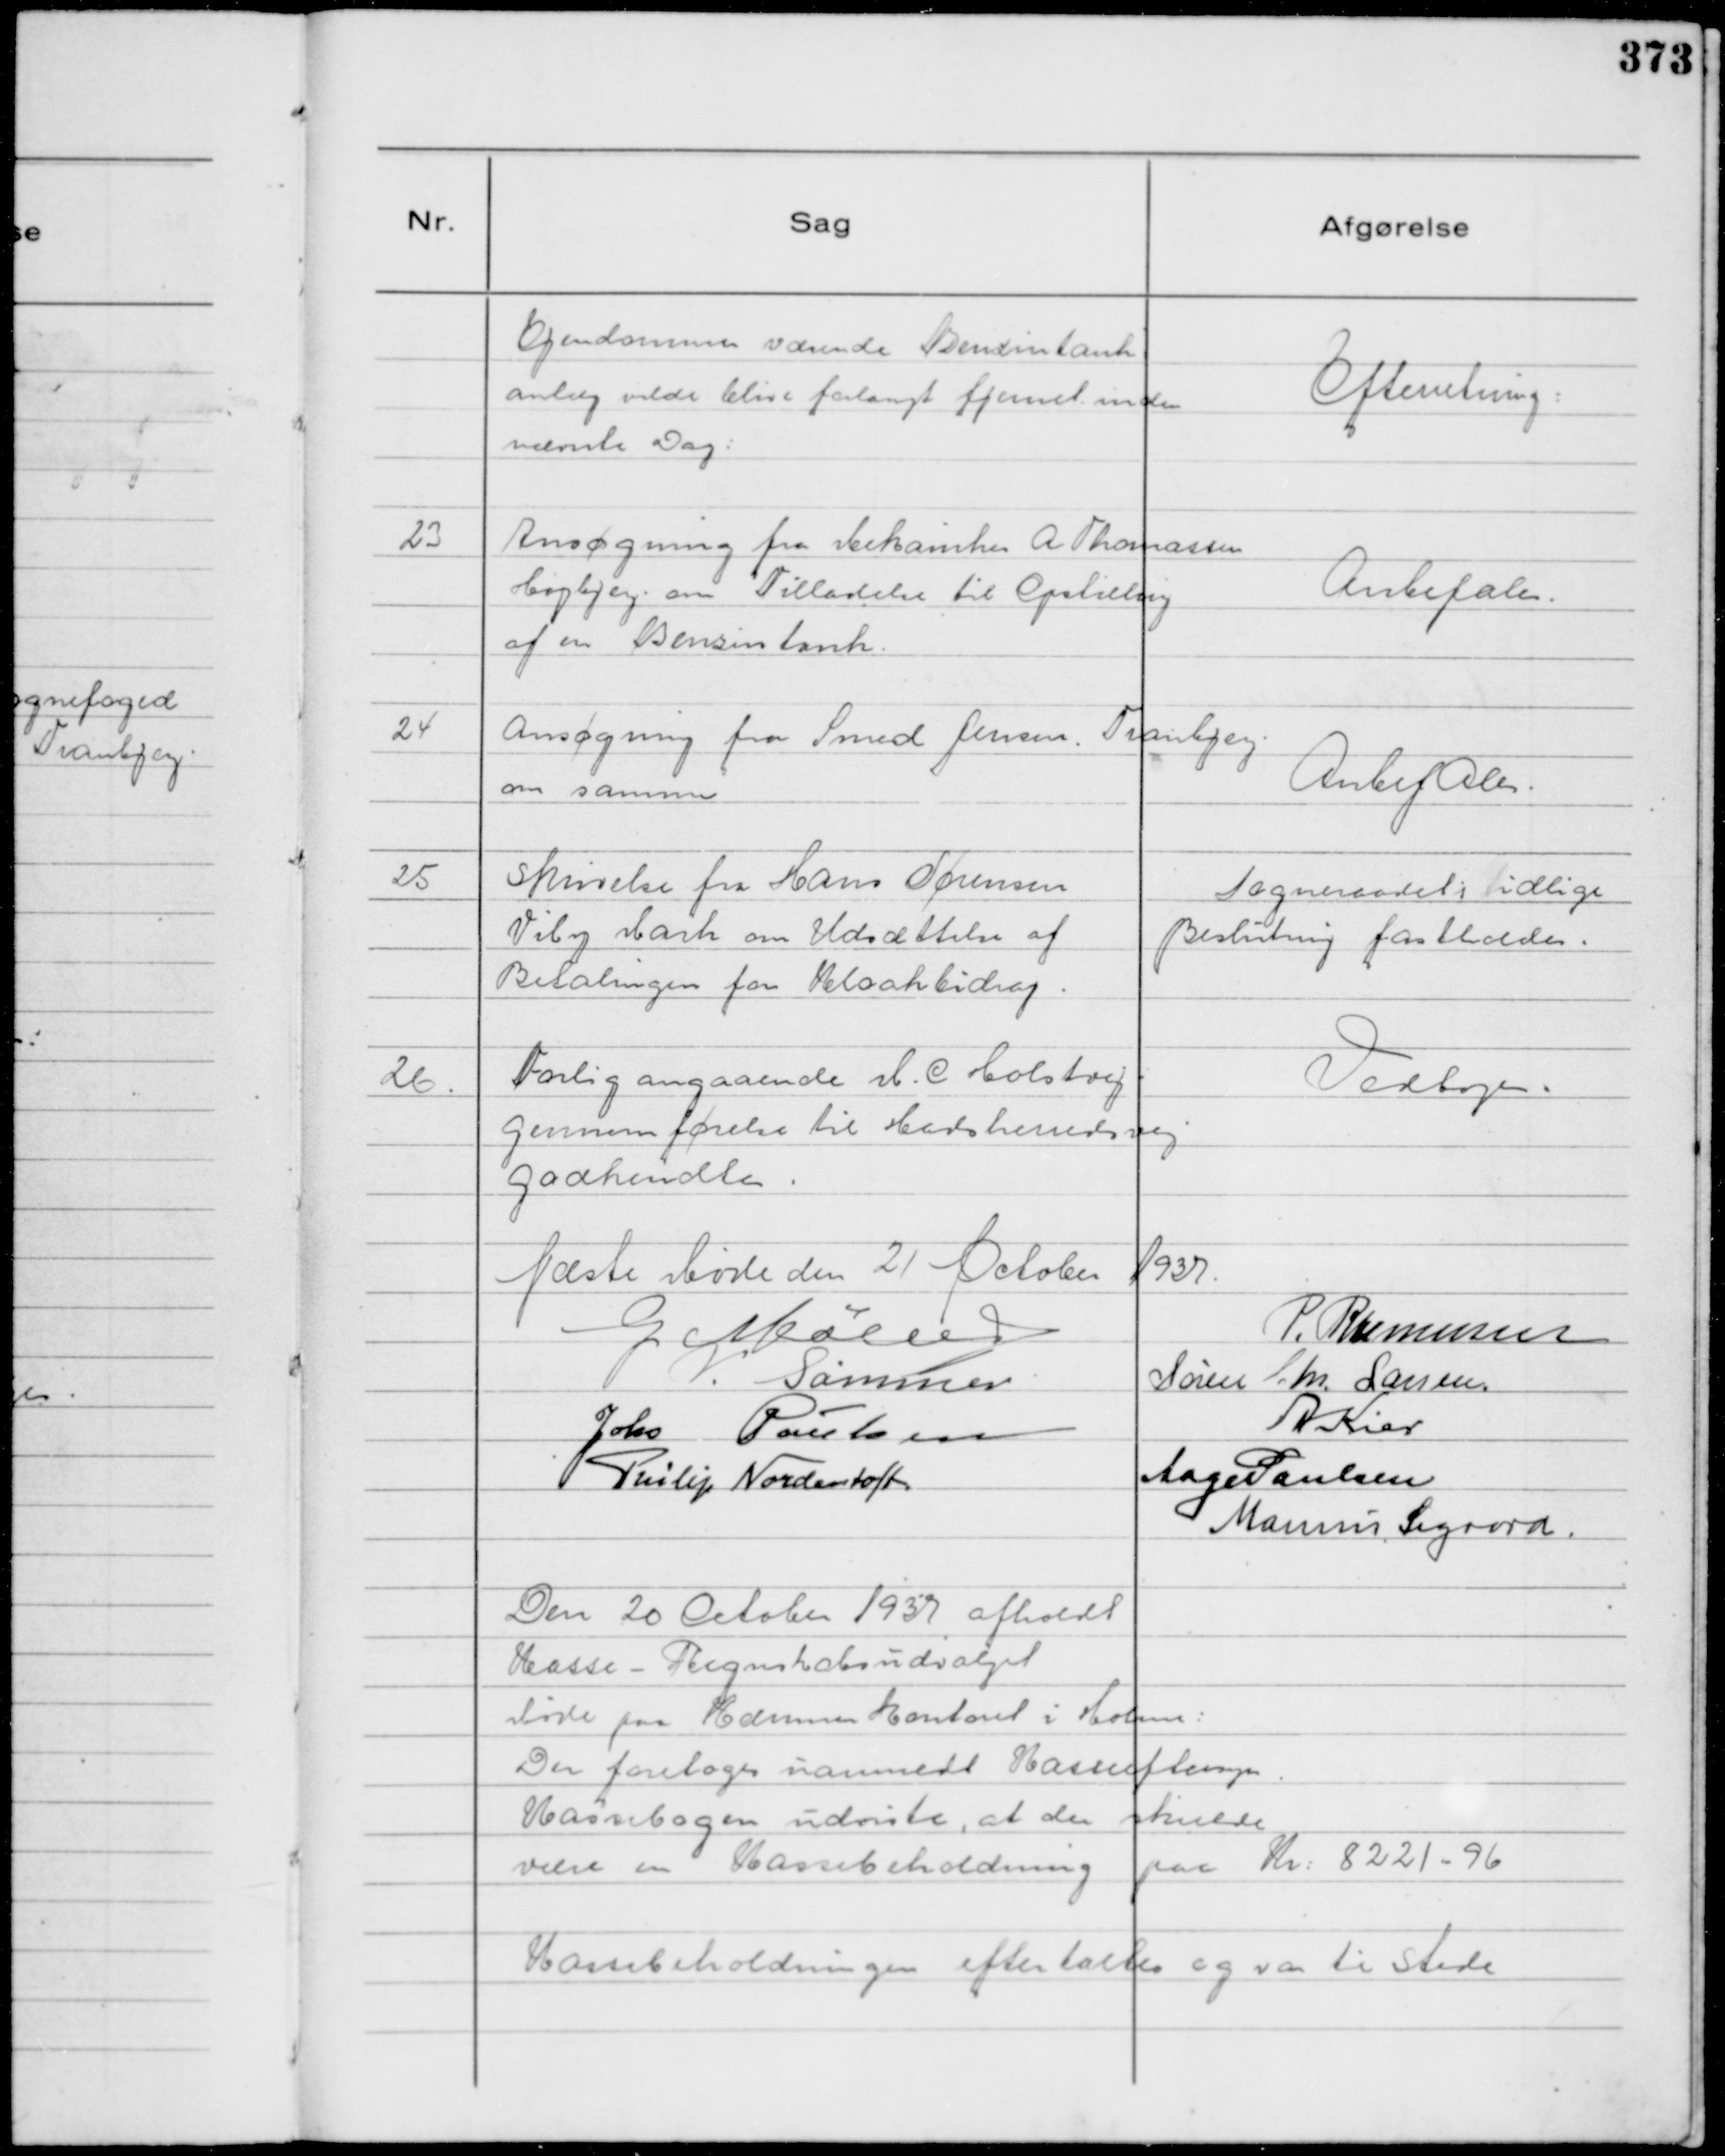
Transskription:
Ejendommen værende Benzintank
anlæg vilde blive forlangt fjernet inden
nævnte Dag:

Efterretning:

23
Ansøgning fra Mekaniker A Thomassen
Højbjerg om Tilladelse til Opstilling
af en Benzintank.

Anbefales.

24
Ansøgning fra Smed Jensen. Tranbjerg
om samme

Anbefales.

25
Skrivelse fra Hans Sørensen
Viby Mark om Udsættelse af
Betalingen for Kloakbidrag.

Sogneraadets tidlige
Beslutning fastholdes.

26.
Forlig angaaende M. C Holstvej
gennemførelse til Hadsherredsvej
godkendtes.

Vedtoges.

Næste Møde den 21 October 1937.

G Møller
P. Rasmussen
V. Sommer
Søren Chr Larsen.
Johs Poulsen
A Kier
Philip Nordentoft
Aage Poulsen
Marinus Sigaard.

Den 20 October 1937 afholdt
Kasse - Regnskabsudvalget
Møde paa Kæmnerkontoret i Holme:
Der foretoges uanmeldt Kasseeftersyn.
Kassebogen udviste, at der skulde
være en Kassebeholdning paa Kr: 8221 - 96
Kassebeholdningen eftertaltes og var ti Stede